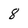
Character: 8